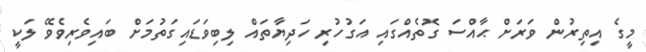
މީގެ އިތިރުން ވަރަށް ޙާއްސަ ގޮތެއްގައި އަގުހުރި ހަދިޔާތައް ލިބިވަޑައިގަތުމަށް ބައިވެރިވެވޭ ލަކީ